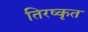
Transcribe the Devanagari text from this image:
तिरष्कृत